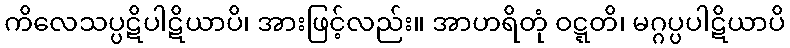
ကိလေသပ္ပဋိပါဋိယာပိ၊ အားဖြင့်လည်း။ အာဟရိတုံ ဝဋ္ဋတိ၊ မဂ္ဂပ္ပပါဋိယာပိ